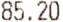
85.20